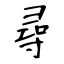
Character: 尋